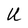
Character: U